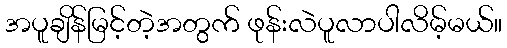
အပူချိန်မြင့်တဲ့အတွက် ဖုန်းလဲပူလာပါလိမ့်မယ်။